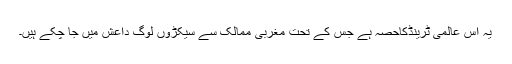
یہ اس عالمی ٹرینڈکاحصہ ہے جس کے تحت مغربی ممالک سے سیکڑوں لوگ داعش میں جا چکے ہیں۔